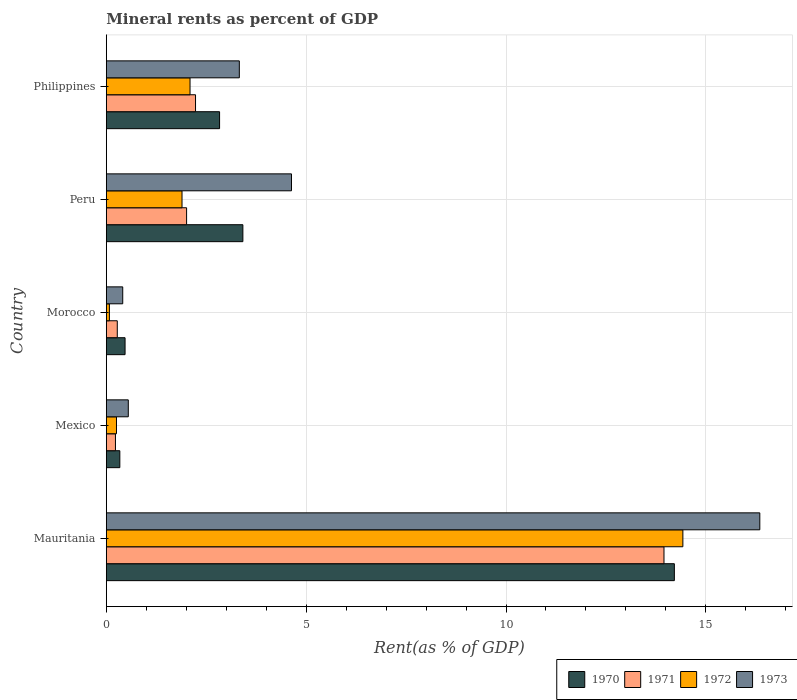
| Country | 1970 | 1971 | 1972 | 1973 |
 | --- | --- | --- | --- | --- |
 | Mauritania | 14.2 | 14 | 14.4 | 16.4 |
 | Mexico | 0.338 | 0.228 | 0.254 | 0.55 |
 | Morocco | 0.469 | 0.274 | 0.0768 | 0.41 |
 | Peru | 3.42 | 2.01 | 1.89 | 4.63 |
 | Philippines | 2.83 | 2.23 | 2.09 | 3.33 |